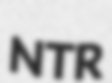
NTR